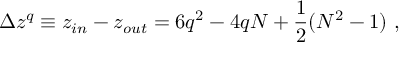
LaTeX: \Delta z ^ { q } \equiv z _ { i n } - z _ { o u t } = 6 q ^ { 2 } - 4 q N + { \frac { 1 } { 2 } } ( N ^ { 2 } - 1 ) \ ,